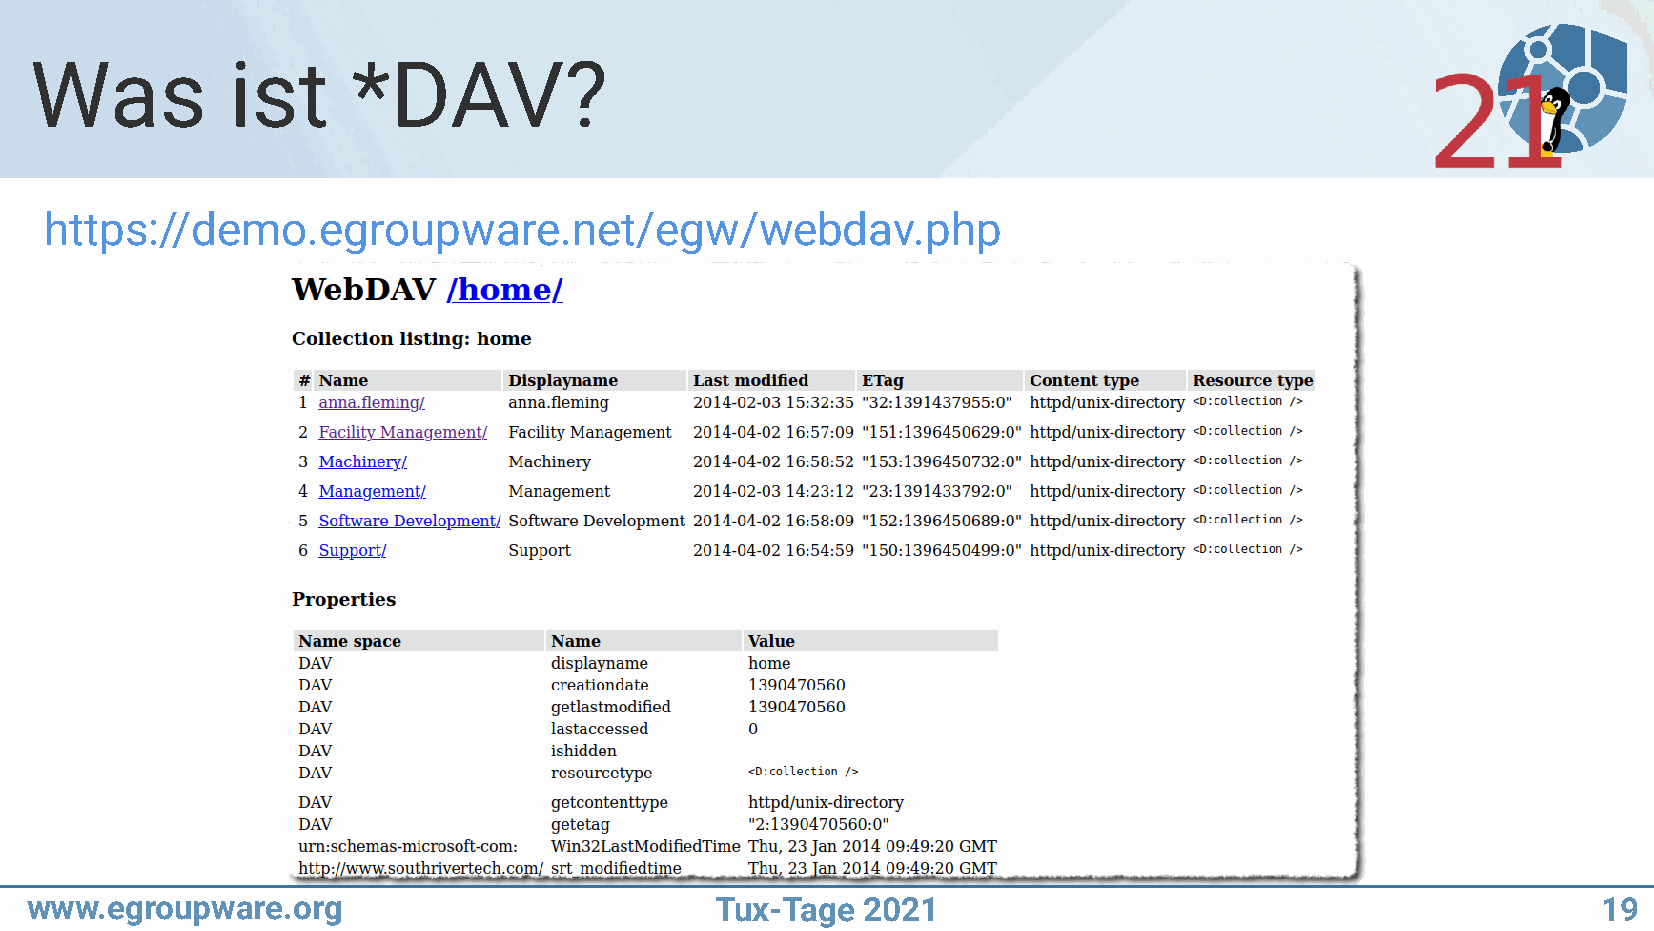
Was          ist     *DAV?
 https://demo.egroupware.net/egw/webdav.php
 www.egroupware.org                           Tux-Tage  2021                                             19